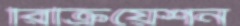
রিক্রিয়েশন